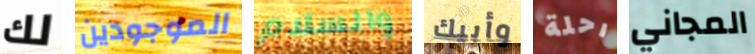
لك الموجودين والسلام وأبيك رحلة المجاني